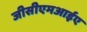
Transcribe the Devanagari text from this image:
जीसीएमआईए